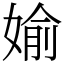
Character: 媮